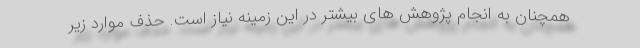
همچنان به انجام پژوهش های بیشتر در این زمینه نیاز است. حذف موارد زیر